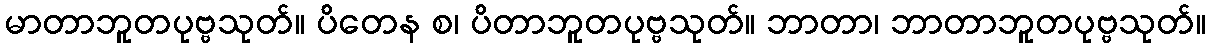
မာတာဘူတပုဗ္ဗသုတ်။ ပိတေန စ၊ ပိတာဘူတပုဗ္ဗသုတ်။ ဘာတာ၊ ဘာတာဘူတပုဗ္ဗသုတ်။